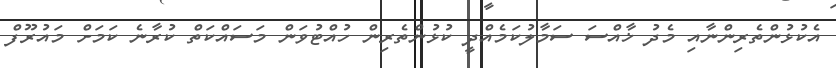
އެކުޅުންތެރިންނާއި މެދު ޚާއްސަ ސަމާލުކަމެއްދީ ކުޅުންތެރިން ހުއްޓުވަން މަސައްކަތް ކުރާނެ ކަމަށް މައުރޫފް